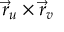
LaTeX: { \vec { r } } _ { u } \times { \vec { r } } _ { v }